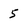
Character: 5